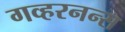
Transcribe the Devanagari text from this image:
गव्हरनन्स